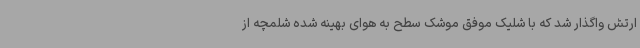
ارتش واگذار شد که با شلیک موفق موشک سطح به هوای بهینه شده شلمچه از